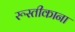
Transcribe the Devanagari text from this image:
रूस्तीकाना